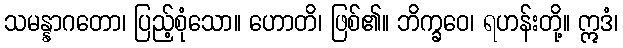
သမန္နာဂတော၊ ပြည့်စုံသော။ ဟောတိ၊ ဖြစ်၏။ ဘိက္ခဝေ၊ ရဟန်းတို့။ ဣဒံ၊